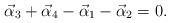
LaTeX: \begin{align*}\vec\alpha_3+\vec\alpha_4-\vec\alpha_1-\vec\alpha_2=0.\end{align*}